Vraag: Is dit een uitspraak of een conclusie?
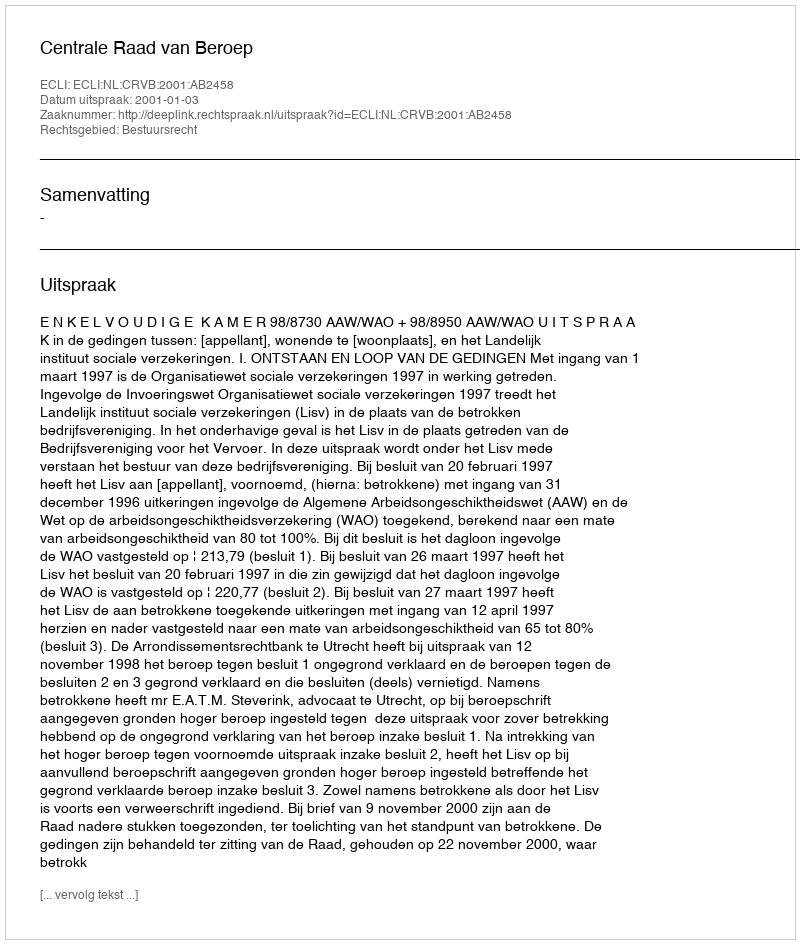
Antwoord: Uitspraak